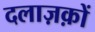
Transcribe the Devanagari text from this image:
दलाज़क़ों